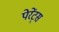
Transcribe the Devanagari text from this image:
पेरेंट्स